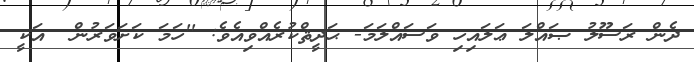
ދެން ރަސޫލު ޞައްލަ ޢަލައިހި ވަސައްލަމަ- ޙަދީޘްކުރެއްވިއެވެ: ''ހަމަ ކަށަވަރުން  އަކީ